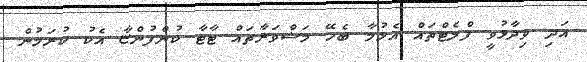
އަދި ވިދާޅުވީ ފްލެޓްތައް އެޅުމާ ބެހޭ މަޝްވަރާތައް ޓާޓާ ކުންފުންޏާ އެކު ކުރަމުން